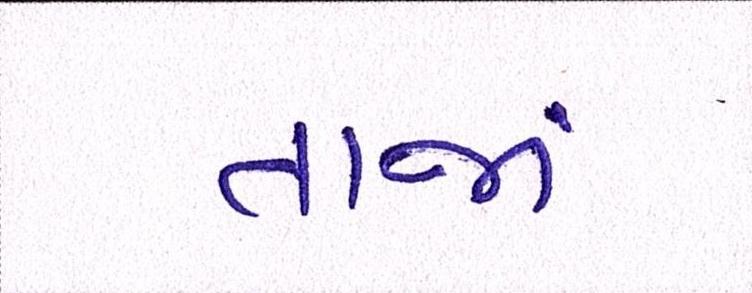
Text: તાજાં